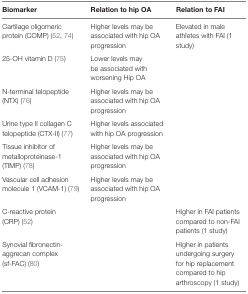
<table><thead><tr><td><b>Biomarker</b></td><td><b>Relation to hip OA</b></td><td><b>Relation to FAI</b></td></tr></thead><tbody><tr><td>Cartilage oligomeric protein (COMP) (52, 74)</td><td>Higher levels may be associated with hip OA progression</td><td>Elevated in male athletes with FAI (1 study)</td></tr><tr><td>25-OH vitamin D (75)</td><td>Lower levels may be associated with worsening Hip OA</td><td></td></tr><tr><td>N-terminal telopeptide (NTX) (76)</td><td>Higher levels may be associated with hip OA progression</td><td></td></tr><tr><td>Urine type II collagen C telopeptide (CTX-II) (77)</td><td>Higher levels associated with hip OA progression</td><td></td></tr><tr><td>Tissue inhibitor of metalloproteinase-1 (TIMP) (78)</td><td>Higher levels may be associated with hip OA progression</td><td></td></tr><tr><td>Vascular cell adhesion molecule 1 (VCAM-1) (79)</td><td>Higher levels may be associated with hip OA progression</td><td></td></tr><tr><td>C-reactive protein (CRP) (52)</td><td></td><td>Higher in FAI patients compared to non-FAI patients (1 study)</td></tr><tr><td>Synovial fibronectin-aggrecan complex(sf-FAC) (80)</td><td></td><td>Higher in patients undergoing surgery for hip replacement compared to hip arthroscopy (1 study)</td></tr></tbody></table>